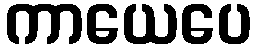
ကာယေပေ